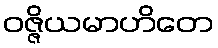
ဝဇ္ဇိယမာဟိတေ